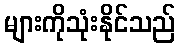
များကိုသုံးနိုင်သည်